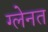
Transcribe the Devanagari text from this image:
ग्लेनत